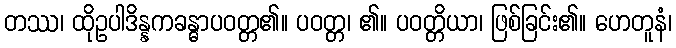
တဿ၊ ထိုဥပါဒိန္နကခန္ဓာပဝတ္တ၏။ ပဝတ္တ၊ ၏။ ပဝတ္တိယာ၊ ဖြစ်ခြင်း၏။ ဟေတူနံ၊